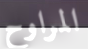
المراوح